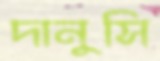
দানুসি